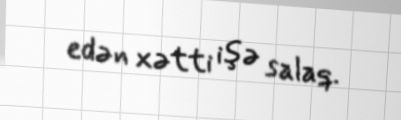
edən xətti işə salaq.